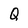
Character: Q